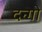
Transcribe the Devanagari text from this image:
दन्गो